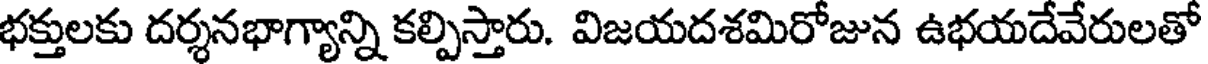
భక్తులకు దర్శనభాగ్యాన్ని కల్పిస్తారు. విజయదశమిరోజున ఉభయదేవేరులతో